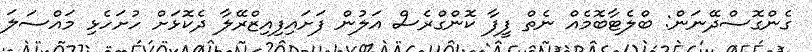
ގެންގޮސްދޭނަން: ބްލެޓާބޮމެއް ނެތް ފީފާ ކޮންގްރެސް އަލުން ފަށައިފިއިޒްރޭލާ ދެކޮޅަށް ހުށަހެޅި މައްސަލަ